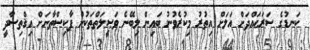
ކަނޑުގެ ސަރަޙައްދަށް އަލަށް އިތުރު މިކުރެވުނު ބައިން ލިބޭނެ ވަޞީލަތްތަކުން ޕާކިސްތާނަށް އިޤްތިޞާދީ